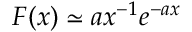
F ( x ) \simeq a x ^ { - 1 } e ^ { - a x }